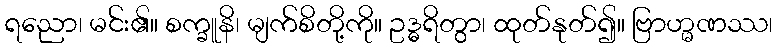
ရညော၊ မင်း၏။ စက္ခူနိ၊ မျက်စိတို့ကို။ ဥဒ္ဓရိတွာ၊ ထုတ်နုတ်၍။ ဗြာဟ္မဏဿ၊